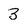
Character: 3